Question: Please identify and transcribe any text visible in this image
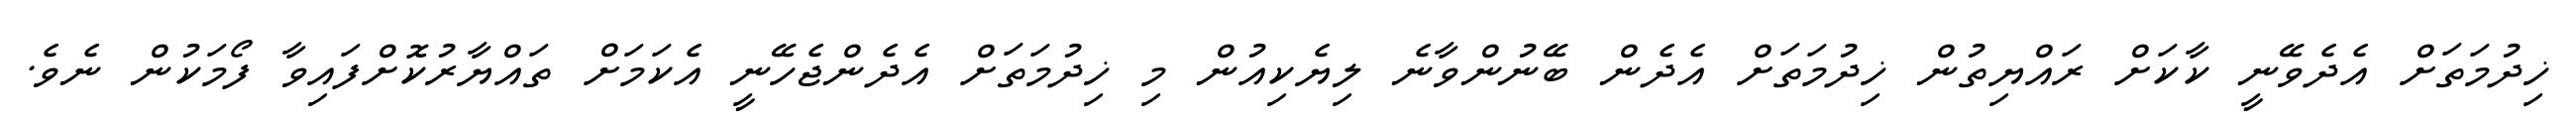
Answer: ޚިދުމަތަށް އެދެވޭނީ ކާކަށް ރައްޔިތުން ޚިދުމަތަށް އެދެން ބޭނުންވާނެ ލިޔެކިއުން މި ޚިދުމަތަށް އެދެންޖެހޭނީ އެކަމަށް ތައްޔާރުކޮށްފައިވާ ފޯމަކުން ނެވެ.